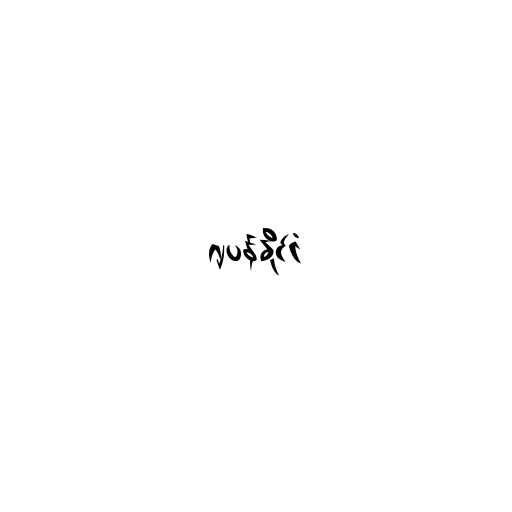
ဂျပန်နိုင်ငံ